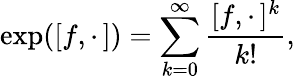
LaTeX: \exp([f,\cdot\, ])=\sum_{k=0}^{\infty}\frac{[f,\cdot\, ]^{k}}{k!},